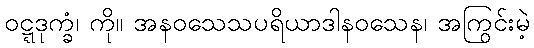
ဝဋ္ဋဒုက္ခံ၊ ကို။ အနဝသေသပရိယာဒါနဝသေန၊ အကြွင်းမဲ့